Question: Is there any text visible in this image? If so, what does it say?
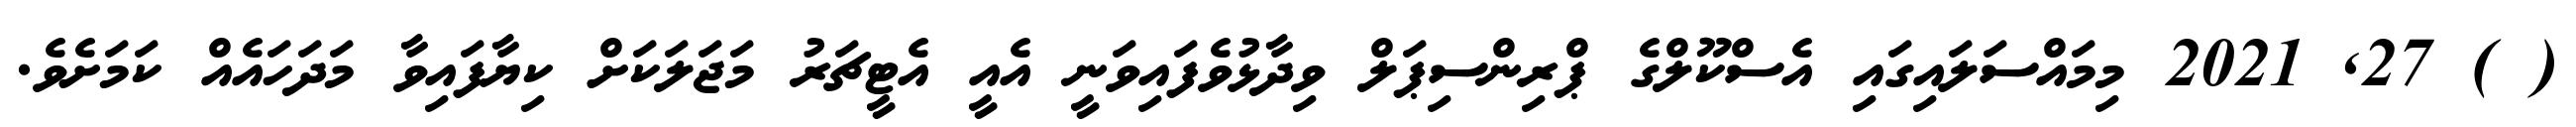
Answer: ( ) 27, 2021 މިމައްސަލައިގައި އެސްކޫލްގެ ޕްރިންސިޕަލް ވިދާޅުވެފައިވަނީ އެއީ އެޓީޗަރު މަޖަލަކަށް ކިޔާފައިވާ މަދަހައެއް ކަމަށެވެ.